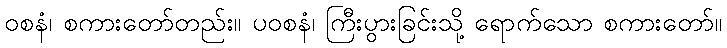
ဝစနံ၊ စကားတော်တည်း။ ပဝစနံ၊ ကြီးပွားခြင်းသို့ ရောက်သော စကားတော်။